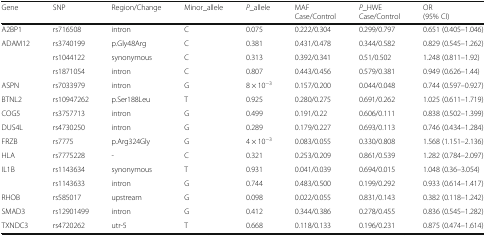
<table><thead><tr><td><b>Gene</b></td><td><b>SNP</b></td><td><b>Region/Change</b></td><td><b>Minor_allele</b></td><td><b><i>P</i>_allele</b></td><td><b>MAFCase/Control</b></td><td><b><i>P</i>_HWECase/Control</b></td><td><b>OR(95% CI)</b></td></tr></thead><tbody><tr><td>A2BP1</td><td>rs716508</td><td>intron</td><td>C</td><td>0.075</td><td>0.222/0.304</td><td>0.299/0.797</td><td>0.651 (0.405–1.046)</td></tr><tr><td rowspan="3">ADAM12</td><td>rs3740199</td><td>p.Gly48Arg</td><td>C</td><td>0.381</td><td>0.431/0.478</td><td>0.344/0.582</td><td>0.829 (0.545–1.262)</td></tr><tr><td>rs1044122</td><td>synonymous</td><td>C</td><td>0.313</td><td>0.392/0.341</td><td>0.51/0.502</td><td>1.248 (0.811–1.92)</td></tr><tr><td>rs1871054</td><td>intron</td><td>C</td><td>0.807</td><td>0.443/0.456</td><td>0.579/0.381</td><td>0.949 (0.626–1.44)</td></tr><tr><td>ASPN</td><td>rs7033979</td><td>intron</td><td>G</td><td>8 × 10<sup>−3</sup></td><td>0.157/0.200</td><td>0.044/0.048</td><td>0.744 (0.597–0.927)</td></tr><tr><td>BTNL2</td><td>rs10947262</td><td>p.Ser188Leu</td><td>T</td><td>0.925</td><td>0.280/0.275</td><td>0.691/0.262</td><td>1.025 (0.611–1.719)</td></tr><tr><td>COG5</td><td>rs3757713</td><td>intron</td><td>G</td><td>0.499</td><td>0.191/0.22</td><td>0.606/0.111</td><td>0.838 (0.502–1.399)</td></tr><tr><td>DUS4L</td><td>rs4730250</td><td>intron</td><td>G</td><td>0.289</td><td>0.179/0.227</td><td>0.693/0.113</td><td>0.746 (0.434–1.284)</td></tr><tr><td>FRZB</td><td>rs7775</td><td>p.Arg324Gly</td><td>G</td><td>4 × 10<sup>−3</sup></td><td>0.083/0.055</td><td>0.330/0.808</td><td>1.568 (1.151–2.136)</td></tr><tr><td>HLA</td><td>rs7775228</td><td>-</td><td>C</td><td>0.321</td><td>0.253/0.209</td><td>0.861/0.539</td><td>1.282 (0.784–2.097)</td></tr><tr><td rowspan="2">IL1B</td><td>rs1143634</td><td>synonymous</td><td>T</td><td>0.931</td><td>0.041/0.039</td><td>0.694/0.015</td><td>1.048 (0.36–3.054)</td></tr><tr><td>rs1143633</td><td>intron</td><td>G</td><td>0.744</td><td>0.483/0.500</td><td>0.199/0.292</td><td>0.933 (0.614–1.417)</td></tr><tr><td>RHOB</td><td>rs585017</td><td>upstream</td><td>G</td><td>0.098</td><td>0.022/0.055</td><td>0.831/0.143</td><td>0.382 (0.118–1.242)</td></tr><tr><td>SMAD3</td><td>rs12901499</td><td>intron</td><td>G</td><td>0.412</td><td>0.344/0.386</td><td>0.278/0.455</td><td>0.836 (0.545–1.282)</td></tr><tr><td>TXNDC3</td><td>rs4720262</td><td>utr-5</td><td>T</td><td>0.668</td><td>0.118/0.133</td><td>0.196/0.231</td><td>0.875 (0.474–1.614)</td></tr></tbody></table>